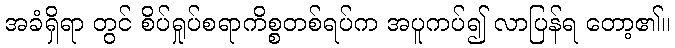
အခံရှိရာ တွင် စိပ်ရှုပ်စရာကိစ္စတစ်ရပ်က အပူကပ်၍ လာပြန်ရ တော့၏။